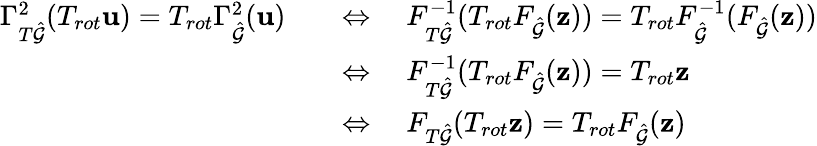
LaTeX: \begin{array}{rl}{\Gamma_{T\hat{\mathcal{G}}}^{2}(T_{rot}\mathbf{u})=T_{rot}\Gamma_{\hat{\mathcal{G}}}^{2}(\mathbf{u})}&{\quad\Leftrightarrow\quad F_{T\hat{\mathcal{G}}}^{-1}(T_{rot}F_{\hat{\mathcal{G}}}(\mathbf{z}))=T_{rot}F_{\hat{\mathcal{G}}}^{-1}(F_{\hat{\mathcal{G}}}(\mathbf{z}))}\\ &{\quad\Leftrightarrow\quad F_{T\hat{\mathcal{G}}}^{-1}(T_{rot}F_{\hat{\mathcal{G}}}(\mathbf{z}))=T_{rot}\mathbf{z}}\\ &{\quad\Leftrightarrow\quad F_{T\hat{\mathcal{G}}}(T_{rot}\mathbf{z})=T_{rot}F_{\hat{\mathcal{G}}}(\mathbf{z})}\end{array}